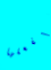
ليفعلها